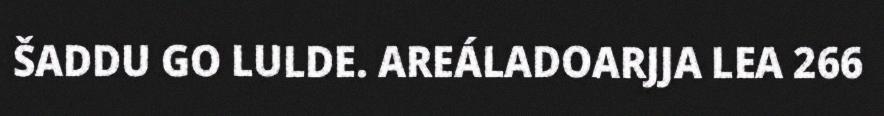
ŠADDU GO LULDE. AREÁLADOARJJA LEA 266